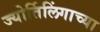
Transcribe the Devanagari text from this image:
ज्‍योर्तिलिंगाच्‍या